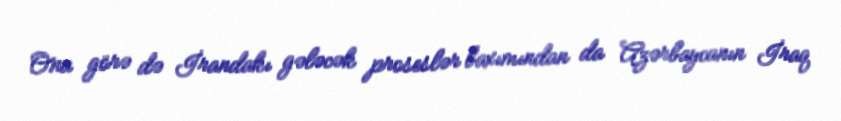
Ona görə də İrandakı gələcək proseslər baxımından da Azərbaycanın İraq